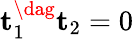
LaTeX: \mathbf{t}_{1}^{\dag}\mathbf{t}_{2}=0